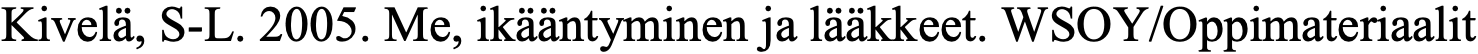
Kivelä, S-L. 2005. Me, ikääntyminen ja lääkkeet. WSOY/Oppimateriaalit